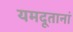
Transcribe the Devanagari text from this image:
यमदूतानां